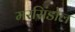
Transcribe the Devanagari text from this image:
मरसिंडोल